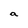
Character: a